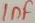
Text: 1nF